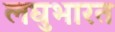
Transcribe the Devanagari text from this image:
लघुभारत